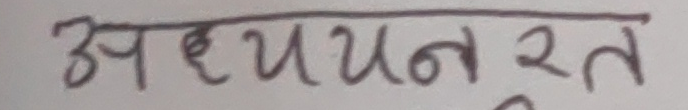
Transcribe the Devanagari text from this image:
अध्ययनरत